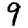
Digit: 9